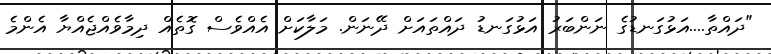
"ދައްތާ....އަޅުގަނޑުގެ ނަންބަރު އަޅުގަނޑު ދައްތައަށް ދޭނަން. މަލާކަށް އެއްވެސް ގޮތެއް ދިމާވެއްޖެއްޔާ އެންމެ